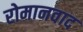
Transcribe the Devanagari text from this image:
रोमानवाद